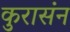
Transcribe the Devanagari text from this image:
कुरासंन